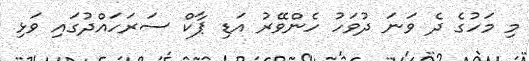
މި މަހުގެ ދެ ވަނަ ދުވަހު ހެންވޭރު އަޑި ޕާކް ސަރަހައްދުގައި ވަޅި